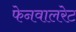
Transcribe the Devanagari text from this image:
फेनवालरेट